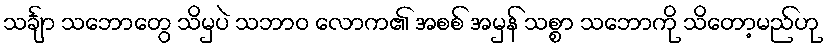
သင်္ချာ သဘောတွေ သိမှပဲ သဘာဝ လောက၏ အစစ် အမှန် သစ္စာ သဘောကို သိတော့မည်ဟု